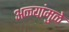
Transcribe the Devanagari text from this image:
अळ्यांमुळे